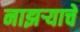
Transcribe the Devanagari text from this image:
नाझऱ्याचे